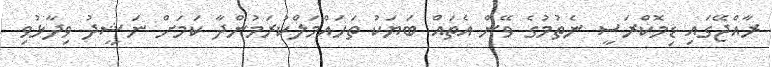
ރާއްޖޭގައި ޑިމޮކްރަސީ ނެތުމުގެ ވޭން އެތައް ބަޔަކު ތަހައްމަލްކުރަމުންދާ ކަމަށް ނަޝީދު ވިދާޅުވި